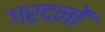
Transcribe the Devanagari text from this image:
गरदनों